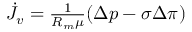
\begin{array} { r } { \dot { J _ { v } } = \frac { 1 } { R _ { m } \mu } ( \Delta p - \sigma \Delta \pi ) } \end{array}